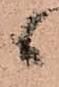
候